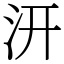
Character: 汧